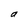
Character: a